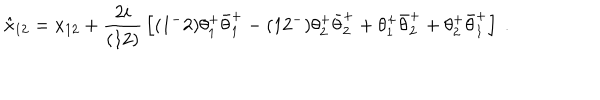
\hat { x } _ { 1 2 } = x _ { 1 2 } + { \frac { 2 i } { ( 1 2 ) } } \left[ ( 1 ^ { - } 2 ) \theta _ { 1 } ^ { + } \bar { \theta } _ { 1 } ^ { + } - ( 1 2 ^ { - } ) \theta _ { 2 } ^ { + } \bar { \theta } _ { 2 } ^ { + } + \theta _ { 1 } ^ { + } \bar { \theta } _ { 2 } ^ { + } + \theta _ { 2 } ^ { + } \bar { \theta } _ { 1 } ^ { + } \right] \ .